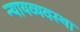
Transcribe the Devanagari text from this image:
न्‍यायव्‍यवस्‍था